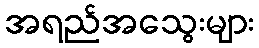
အရည်အသွေးများ